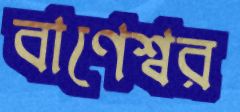
বাণেশ্বর